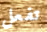
تفعل